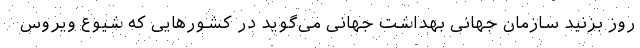
روز بزنید سازمان جهانی بهداشت جهانی می‌گوید در کشورهایی که شیوع ویروس